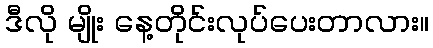
ဒီလို မျိုး နေ့တိုင်းလုပ်ပေးတာလား။